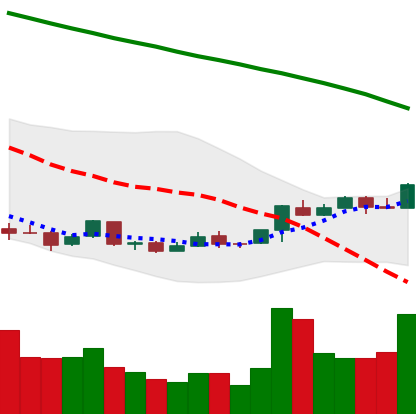
Ticker: ETC-USD
Chart end date: 2018-04-18
Forward return: 16.255%
Label: up_7plus